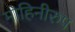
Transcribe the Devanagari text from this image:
मोहिनीरुप